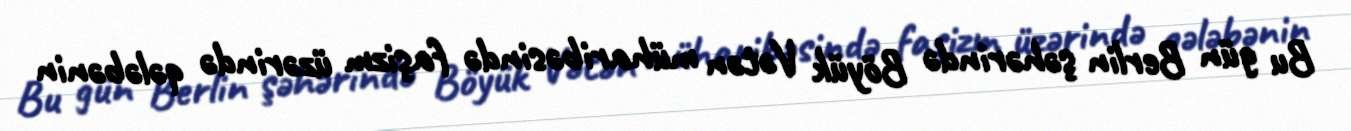
Bu gün Berlin şəhərində Böyük Vətən müharibəsində faşizm üzərində qələbənin